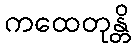
ကထေတုန္တိ